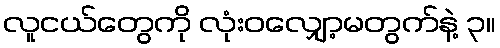
လူငယ်တွေကို လုံးဝလျှော့မတွက်နဲ့ ၃။